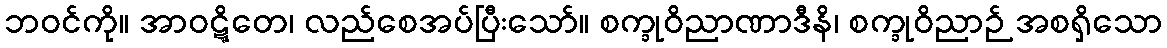
ဘဝင်ကို။ အာဝဋ္ဋိတေ၊ လည်စေအပ်ပြီးသော်။ စက္ခုဝိညာဏာဒီနိ၊ စက္ခုဝိညာဉ် အစရှိသော